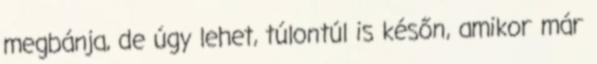
megbánja, de úgy lehet, túlontúl is későn, amikor már